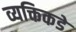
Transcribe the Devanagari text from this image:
व्यक्तिकडे